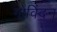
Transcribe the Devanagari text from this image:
गोविंदन्